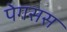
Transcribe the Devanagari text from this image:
पेगसस